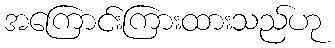
အကြောင်းကြားထားသည်ဟု